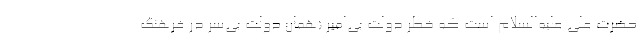
حضرت علی علیه‌السلام است که خطر دولت بی‌امیر (همان دولت بی‌سر در فرهنگ